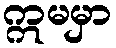
ဣမမှာ